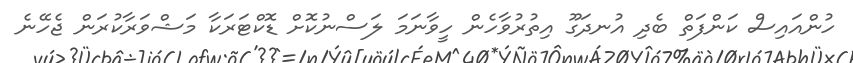
ހުންއައިސް ކަންފަތް ބެދި އުނދަގޫ އިތުރުވާހެން ހީވާނަމަ ލަސްނުކޮށް ޑޮކްޓަރަކާ މަޝްވަރާކުރަން ޖެހޭނެ